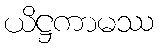
ယိဋ္ဌကာမဿ